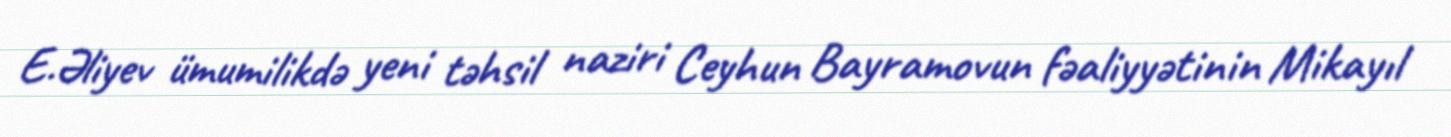
E.Əliyev ümumilikdə yeni təhsil naziri Ceyhun Bayramovun fəaliyyətinin Mikayıl